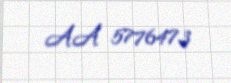
AA 5776473